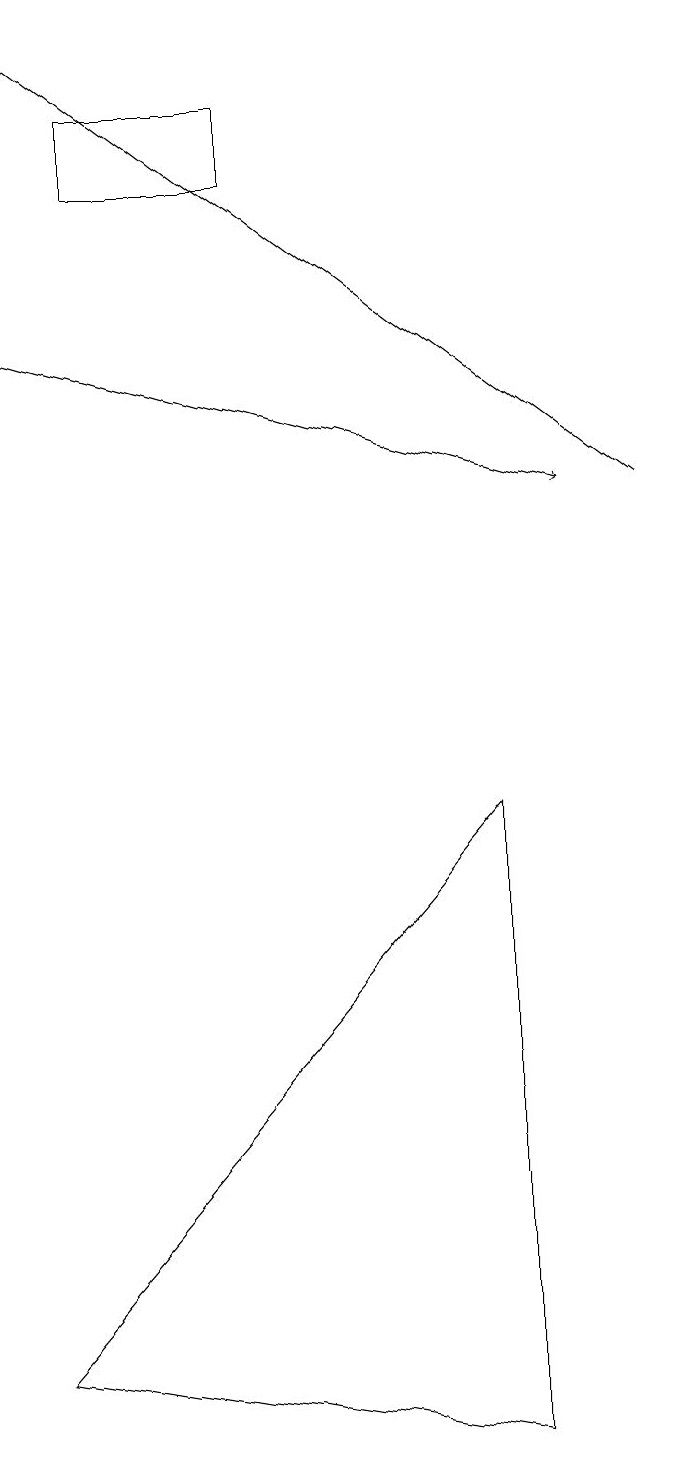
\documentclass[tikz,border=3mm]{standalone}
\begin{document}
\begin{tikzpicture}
\draw[->] (0,14) -- (7,12);
\draw (6,0) -- (0,1) -- (6,8) -- cycle;
\draw (1,16) rectangle (3,17);
\draw[->] (8,12) -- (0,18);
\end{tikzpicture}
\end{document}